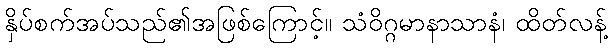
နှိပ်စက်အပ်သည်၏အဖြစ်ကြောင့်။ သံဝိဂ္ဂမာနာသာနံ၊ ထိတ်လန့်